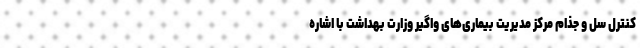
کنترل سل و جذام مرکز مدیریت بیماری‌های واگیر وزارت بهداشت با اشاره